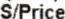
S/PRICE